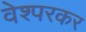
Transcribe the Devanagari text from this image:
वेश्परकर